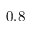
0 . 8